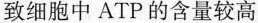
致细胞中ATP的含量较高